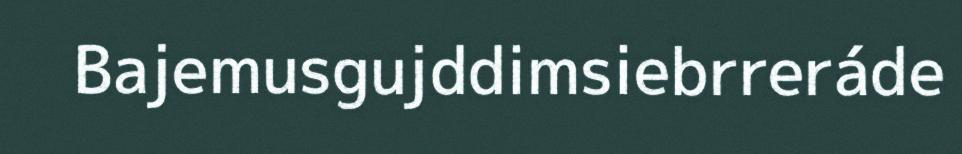
Bajemusgujddimsiebrreráde